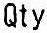
QTY